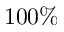
1 0 0 \%